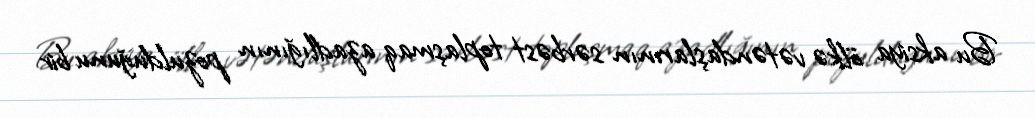
Bu aksiya ölkə vətəndaşlarının sərbəst toplaşmaq azadlığının pozulduğunu bir